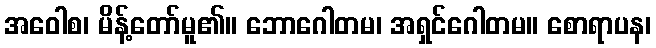
အဝေါစ၊ မိန့်တော်မူ၏။ ဘောဂေါတမ၊ အရှင်ဂေါတမ။ စောရာပန၊